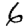
Digit: 6